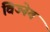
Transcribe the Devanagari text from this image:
विज्नेय